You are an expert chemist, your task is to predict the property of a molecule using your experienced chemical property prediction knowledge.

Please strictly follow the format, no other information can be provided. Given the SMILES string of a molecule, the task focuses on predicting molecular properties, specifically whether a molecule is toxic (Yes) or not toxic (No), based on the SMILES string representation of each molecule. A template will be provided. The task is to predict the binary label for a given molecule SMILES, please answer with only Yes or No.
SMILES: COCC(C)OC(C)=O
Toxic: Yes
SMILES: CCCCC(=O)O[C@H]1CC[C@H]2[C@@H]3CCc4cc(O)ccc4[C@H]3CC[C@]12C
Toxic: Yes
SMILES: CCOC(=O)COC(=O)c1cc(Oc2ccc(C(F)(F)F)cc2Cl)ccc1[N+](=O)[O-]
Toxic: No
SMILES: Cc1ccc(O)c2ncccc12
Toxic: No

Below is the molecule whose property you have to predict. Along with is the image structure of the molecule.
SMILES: CCOc1cccc(N)c1
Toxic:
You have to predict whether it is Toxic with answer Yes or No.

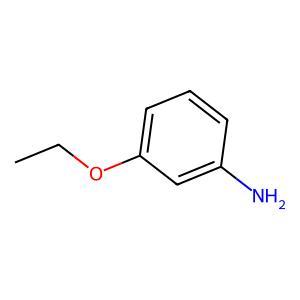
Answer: No